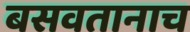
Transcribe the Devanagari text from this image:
बसवतानाच